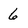
Character: 6